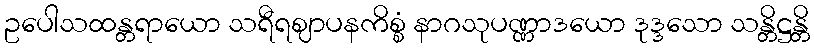
ဥပေါသထန္တရာယော သရီရဈာပနကိစ္စံ နာဂသုပဏ္ဏာဒယော ဒုဒ္ဒသော သန္တိဋ္ဌန္တိ